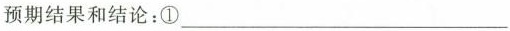
预期结果和结论：①___